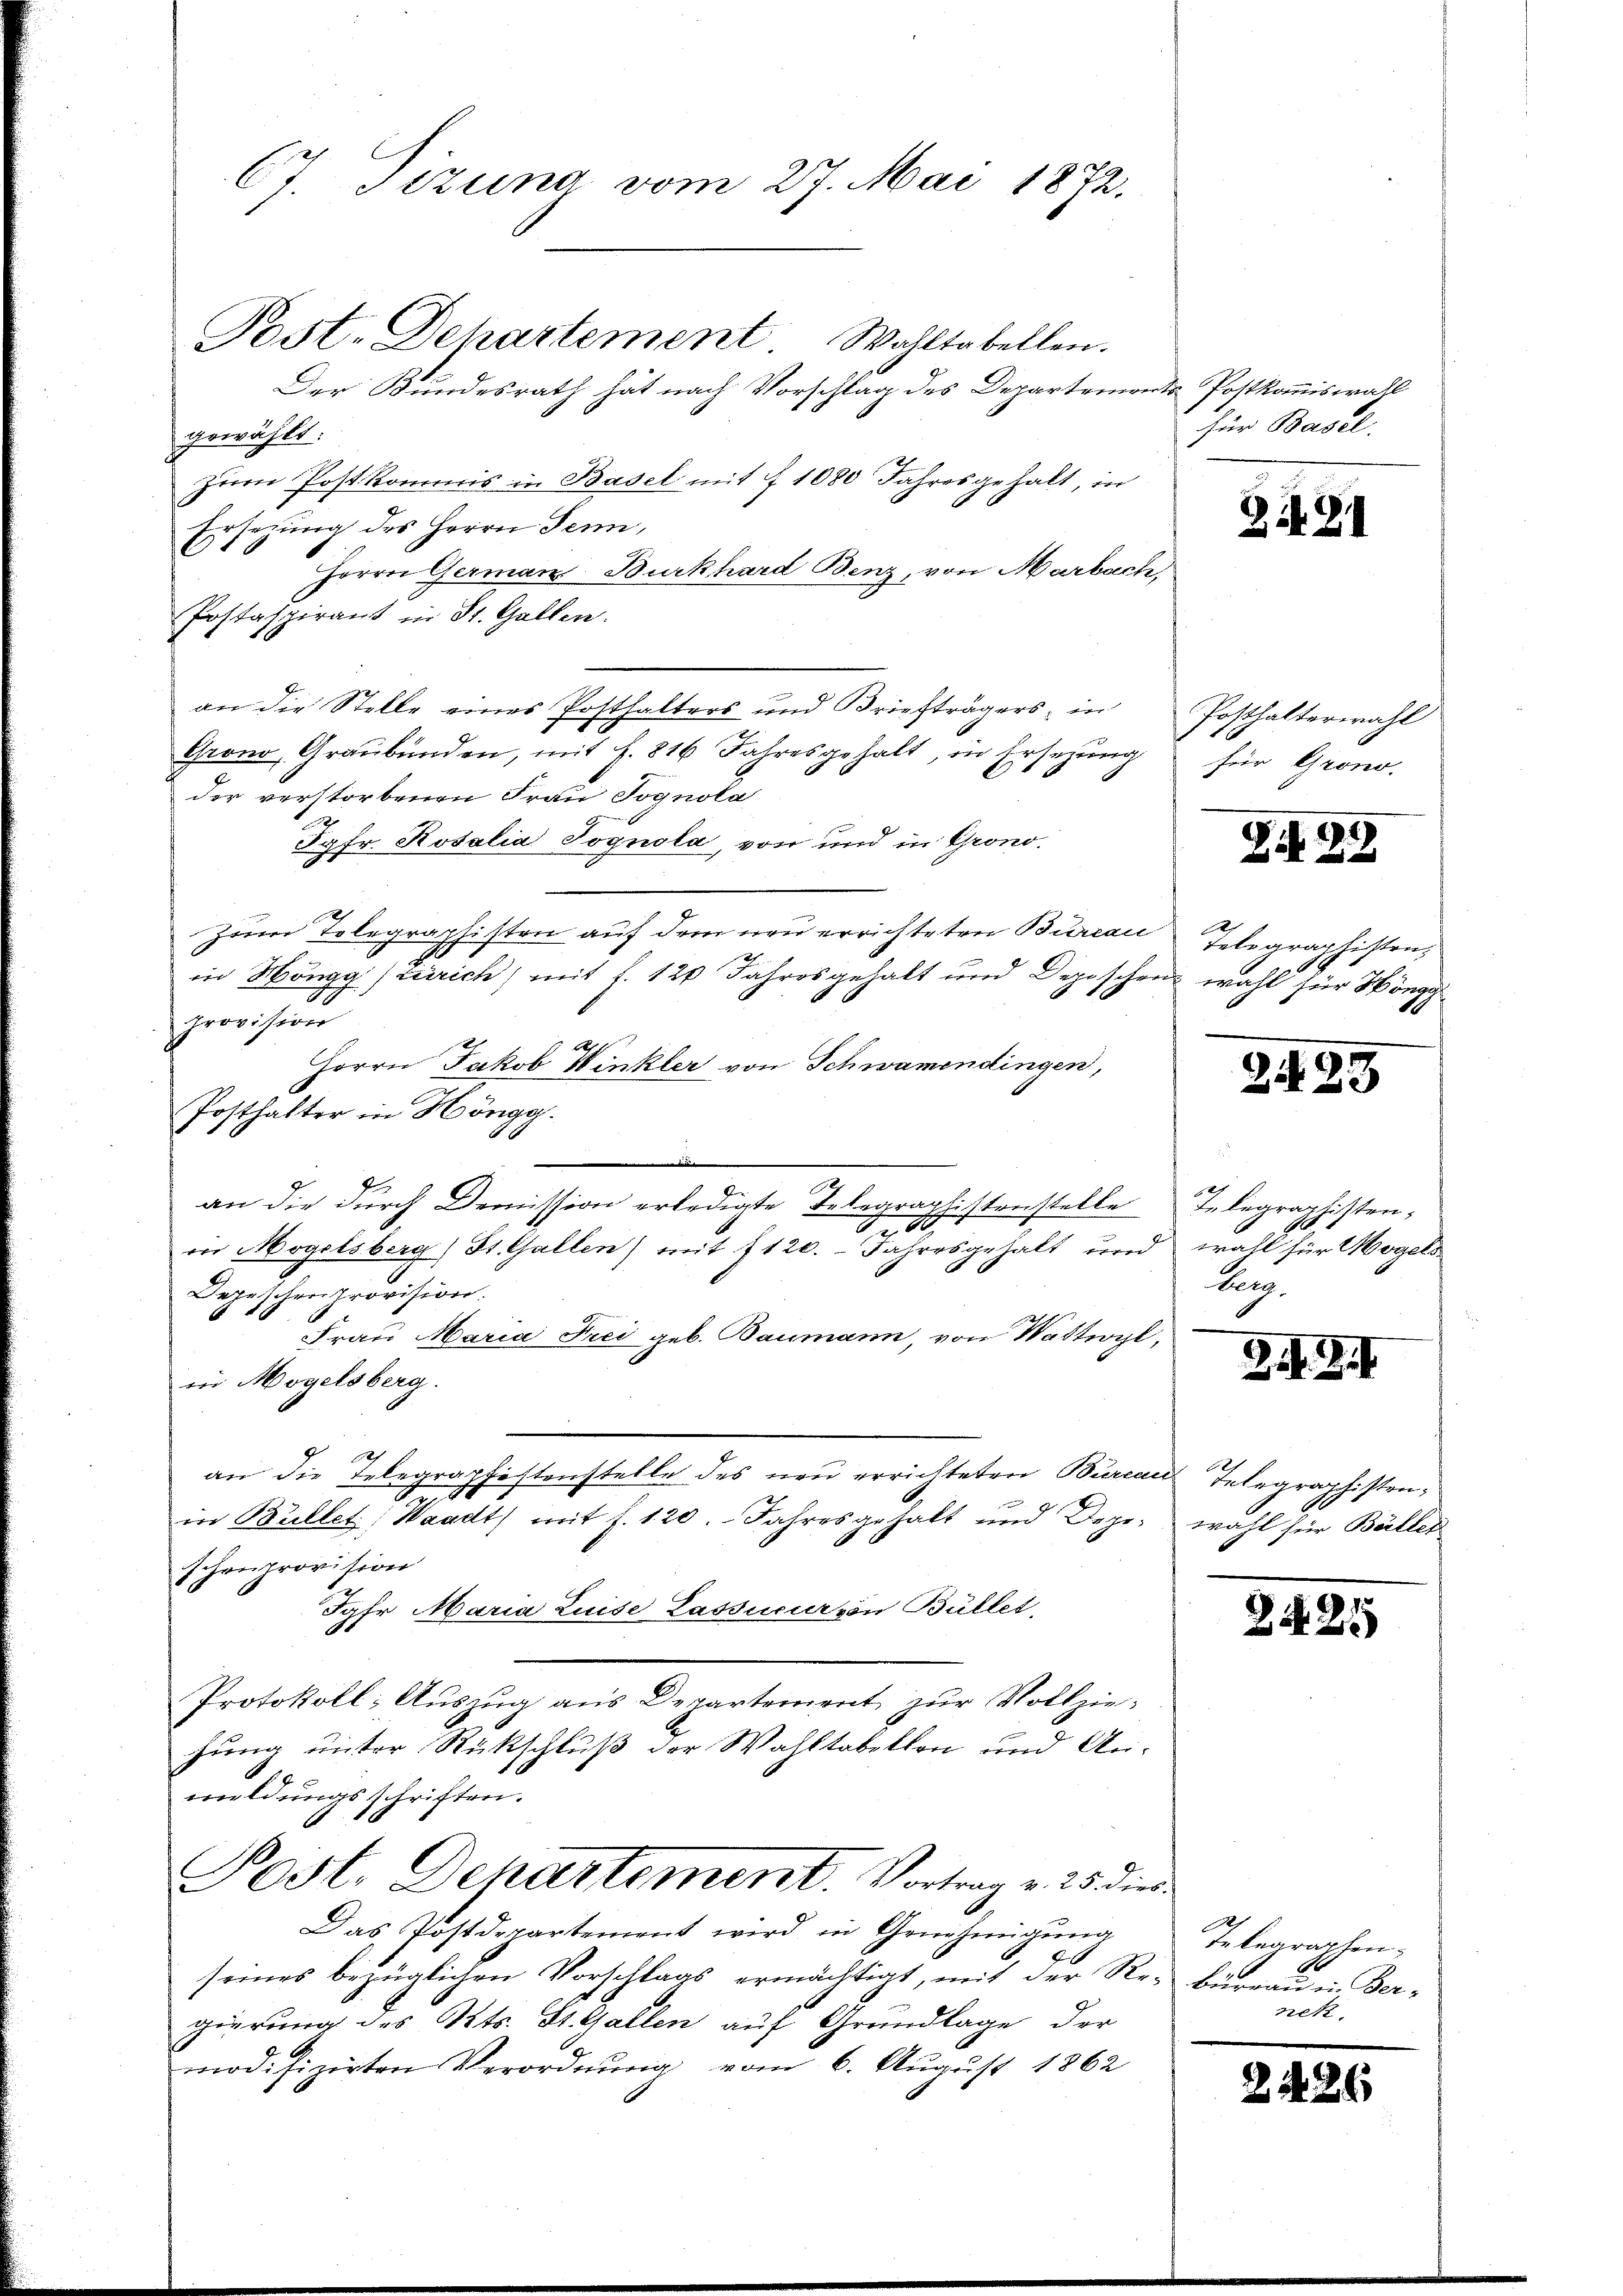
67. Sizung vom 27. Mai 1872.

Post. Dehartement Wohltabellen.
Der Bundesrath hat nach Vorschlag des Departemonts Postkommiswall
gewählt.
zum Postkommis in Basel mit § 1080 Jahresgehalt, in
Ersezung des Herrn Senn,
2
Herrn German Burkhard Benz, von Marbach
Postaspirant in St. Gallen.
an die Stelle eines Posthalters und Briefträgers, in
Grono, Graubünden, mit f. 816 Jahresgehalt, in Ersezung
der verstorbenen Frau Sognola
Jgfr. Rosalia Jognola, von und in Gronozum Telegraphisten auf dem neu errichteten Bureau Telegraphisten,
in Höngg (Zürich) mit f. 120 Jahresgehalt und Deposchen wohl für Höngg
preisen
Herrn Jakob Winkler von Schwamendingen,
Posthalter in Höngg.
an die durch Demission erledigte Telegraglitterstelle
de
in Hogelsberg) St. Gallen) mit 1120. Jahresgehalt und wahl für Mogel-
Depeschen provision.
Frau Maria Frei geb. Baumann, von Wattwyl,
in Mogelsberg.
an die Telegraphistenstelle des neu errichteten Bureaus Telegraphistrain Bullet; Waadt) mit f. 120. Jahresgehalt und Depeschenprovision
Jahr Maria Luise Lassener von Büllet,
Protokoll: Aŭszŭg ans Departement zŭr Vollzie-
hung unter Rückschluß der Wahltabellen und Anmuldungsschriften.
Post. Departement. Vortrag v. 25. die
Das Postdepartement wird in Genehmigŭng
seines bezüglichen Vorschlags ermächtigt, mit der Re-Büreau u. Ber-
gierung des Kts. St. Gallen auf Grundlage der
modifizirten Verordnung vom 6. August 1862

für Basel.

Si. G

Posthalterwahl.
für Grono.

Zif. 22

2423

Telegraphisten;
Ber

Z. G.

wahl für Bällen

2425

Oeh
telegraphen.
nek.

2426